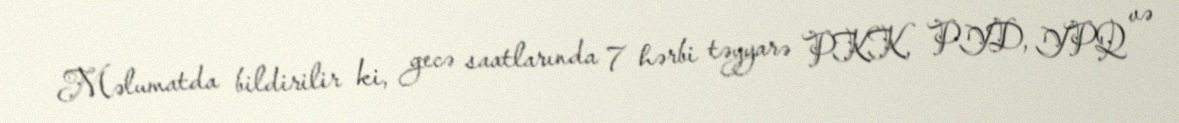
Məlumatda bildirilir ki, gecə saatlarında 7 hərbi təyyarə PKK, PYD, YPQ və